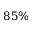
8 5 \%